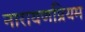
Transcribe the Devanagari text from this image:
नारायणप्रियम